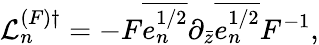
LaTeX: {\cal L}_{n}^{(F)\dagger}=-F\overline{{{e_{n}^{1/2}}}}\partial_{\bar{z}}\overline{{{e_{n}^{1/2}}}}F^{-1},